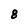
Character: 8